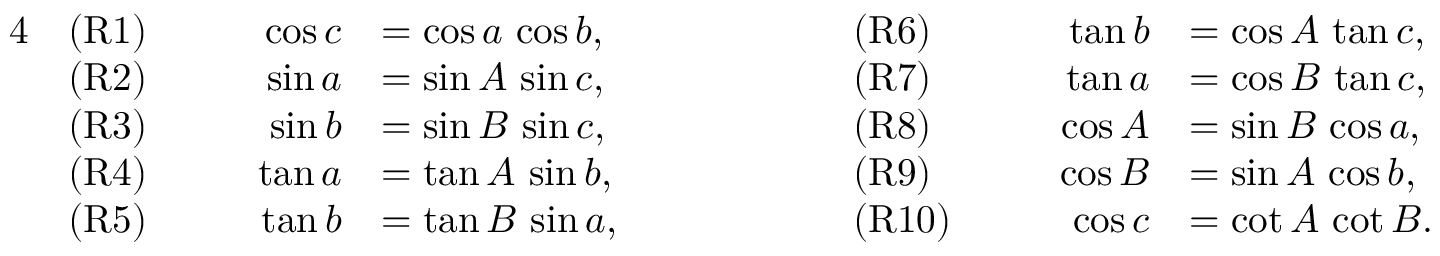
{ \begin{array} { r l r l r l r l } { { 4 } } & { { \mathrm { ( R 1 ) } } } & { \qquad \cos c } & { = \cos a \, \cos b , } & { \qquad \qquad } & { { \mathrm { ( R 6 ) } } } & { \qquad \tan b } & { = \cos A \, \tan c , } \\ & { { \mathrm { ( R 2 ) } } } & { \sin a } & { = \sin A \, \sin c , } & & { { \mathrm { ( R 7 ) } } } & { \tan a } & { = \cos B \, \tan c , } \\ & { { \mathrm { ( R 3 ) } } } & { \sin b } & { = \sin B \, \sin c , } & & { { \mathrm { ( R 8 ) } } } & { \cos A } & { = \sin B \, \cos a , } \\ & { { \mathrm { ( R 4 ) } } } & { \tan a } & { = \tan A \, \sin b , } & & { { \mathrm { ( R 9 ) } } } & { \cos B } & { = \sin A \, \cos b , } \\ & { { \mathrm { ( R 5 ) } } } & { \tan b } & { = \tan B \, \sin a , } & & { { \mathrm { ( R 1 0 ) } } } & { \cos c } & { = \cot A \, \cot B . } \end{array} }